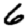
Digit: 6